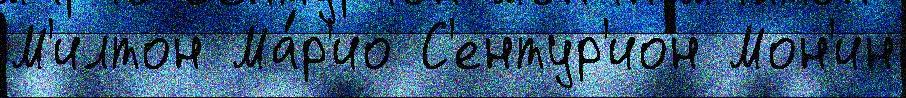
М'илтон Ма́р'ио С'ентур'ион Мон'ин